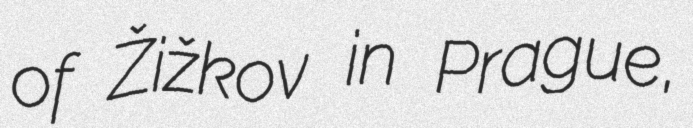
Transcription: of Žižkov in Prague,